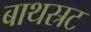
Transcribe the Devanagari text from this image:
बाथस्रट